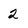
Character: 2